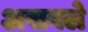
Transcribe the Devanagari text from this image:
असवले